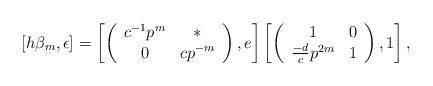
LaTeX: \begin{align*} [h\beta_m,\epsilon] = \left[\left(\begin{array}{cc} c^{-1}p^m & \ast \\ 0 & cp^{-m}\end{array}\right),e\right]\left[\left(\begin{array}{cc} 1 & 0 \\ \frac{-d}{c}p^{2m} & 1\end{array}\right),1\right], \end{align*}